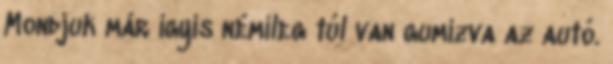
Mondjuk már ígyis némileg túl van gumizva az autó.